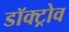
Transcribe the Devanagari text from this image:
डॉक्ट्रोव